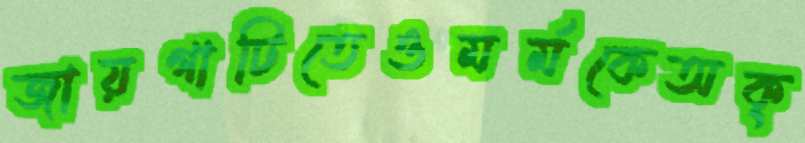
জায়গাটিতেওমর্মকেঅক্